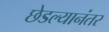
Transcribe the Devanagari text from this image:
छेडल्यानंतर